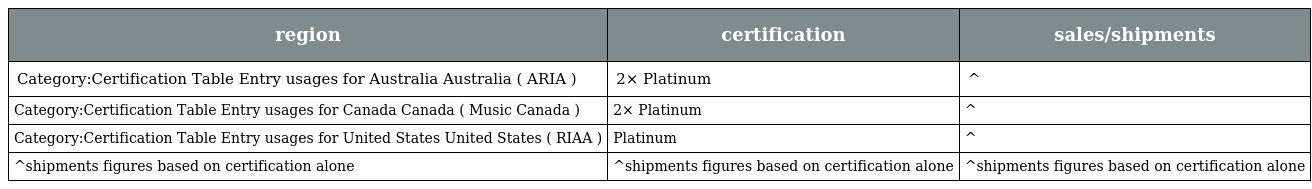
| region | certification | sales/shipments |
 | --- | --- | --- |
 | Category:Certification Table Entry usages for Australia Australia ( ARIA ) | 2× Platinum | ^ |
 | Category:Certification Table Entry usages for Canada Canada ( Music Canada ) | 2× Platinum | ^ |
 | Category:Certification Table Entry usages for United States United States ( RIAA ) | Platinum | ^ |
 | ^shipments figures based on certification alone | ^shipments figures based on certification alone | ^shipments figures based on certification alone |